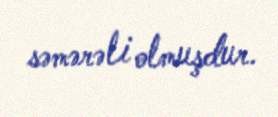
səmərəli olmuşdur.